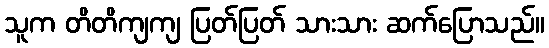
သူက တိတိကျကျ ပြတ်ပြတ် သားသား ဆက်ပြောသည်။